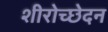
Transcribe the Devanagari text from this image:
शीरोच्छेदन